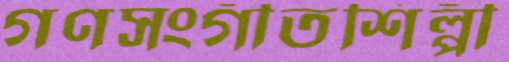
গণসংগীতশিল্পী